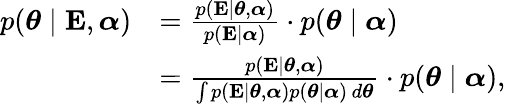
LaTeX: {\begin{array}{rl}{p({\boldsymbol{\theta}}\mid\mathbf{E},{\boldsymbol{\alpha}})}&{={\frac{p(\mathbf{E}\mid{\boldsymbol{\theta}},{\boldsymbol{\alpha}})}{p(\mathbf{E}\mid{\boldsymbol{\alpha}})}}\cdot p({\boldsymbol{\theta}}\mid{\boldsymbol{\alpha}})}\\ &{={\frac{p(\mathbf{E}\mid{\boldsymbol{\theta}},{\boldsymbol{\alpha}})}{\int p(\mathbf{E}\mid{\boldsymbol{\theta}},{\boldsymbol{\alpha}})p({\boldsymbol{\theta}}\mid{\boldsymbol{\alpha}})\, d{\boldsymbol{\theta}}}}\cdot p({\boldsymbol{\theta}}\mid{\boldsymbol{\alpha}}),}\end{array}}